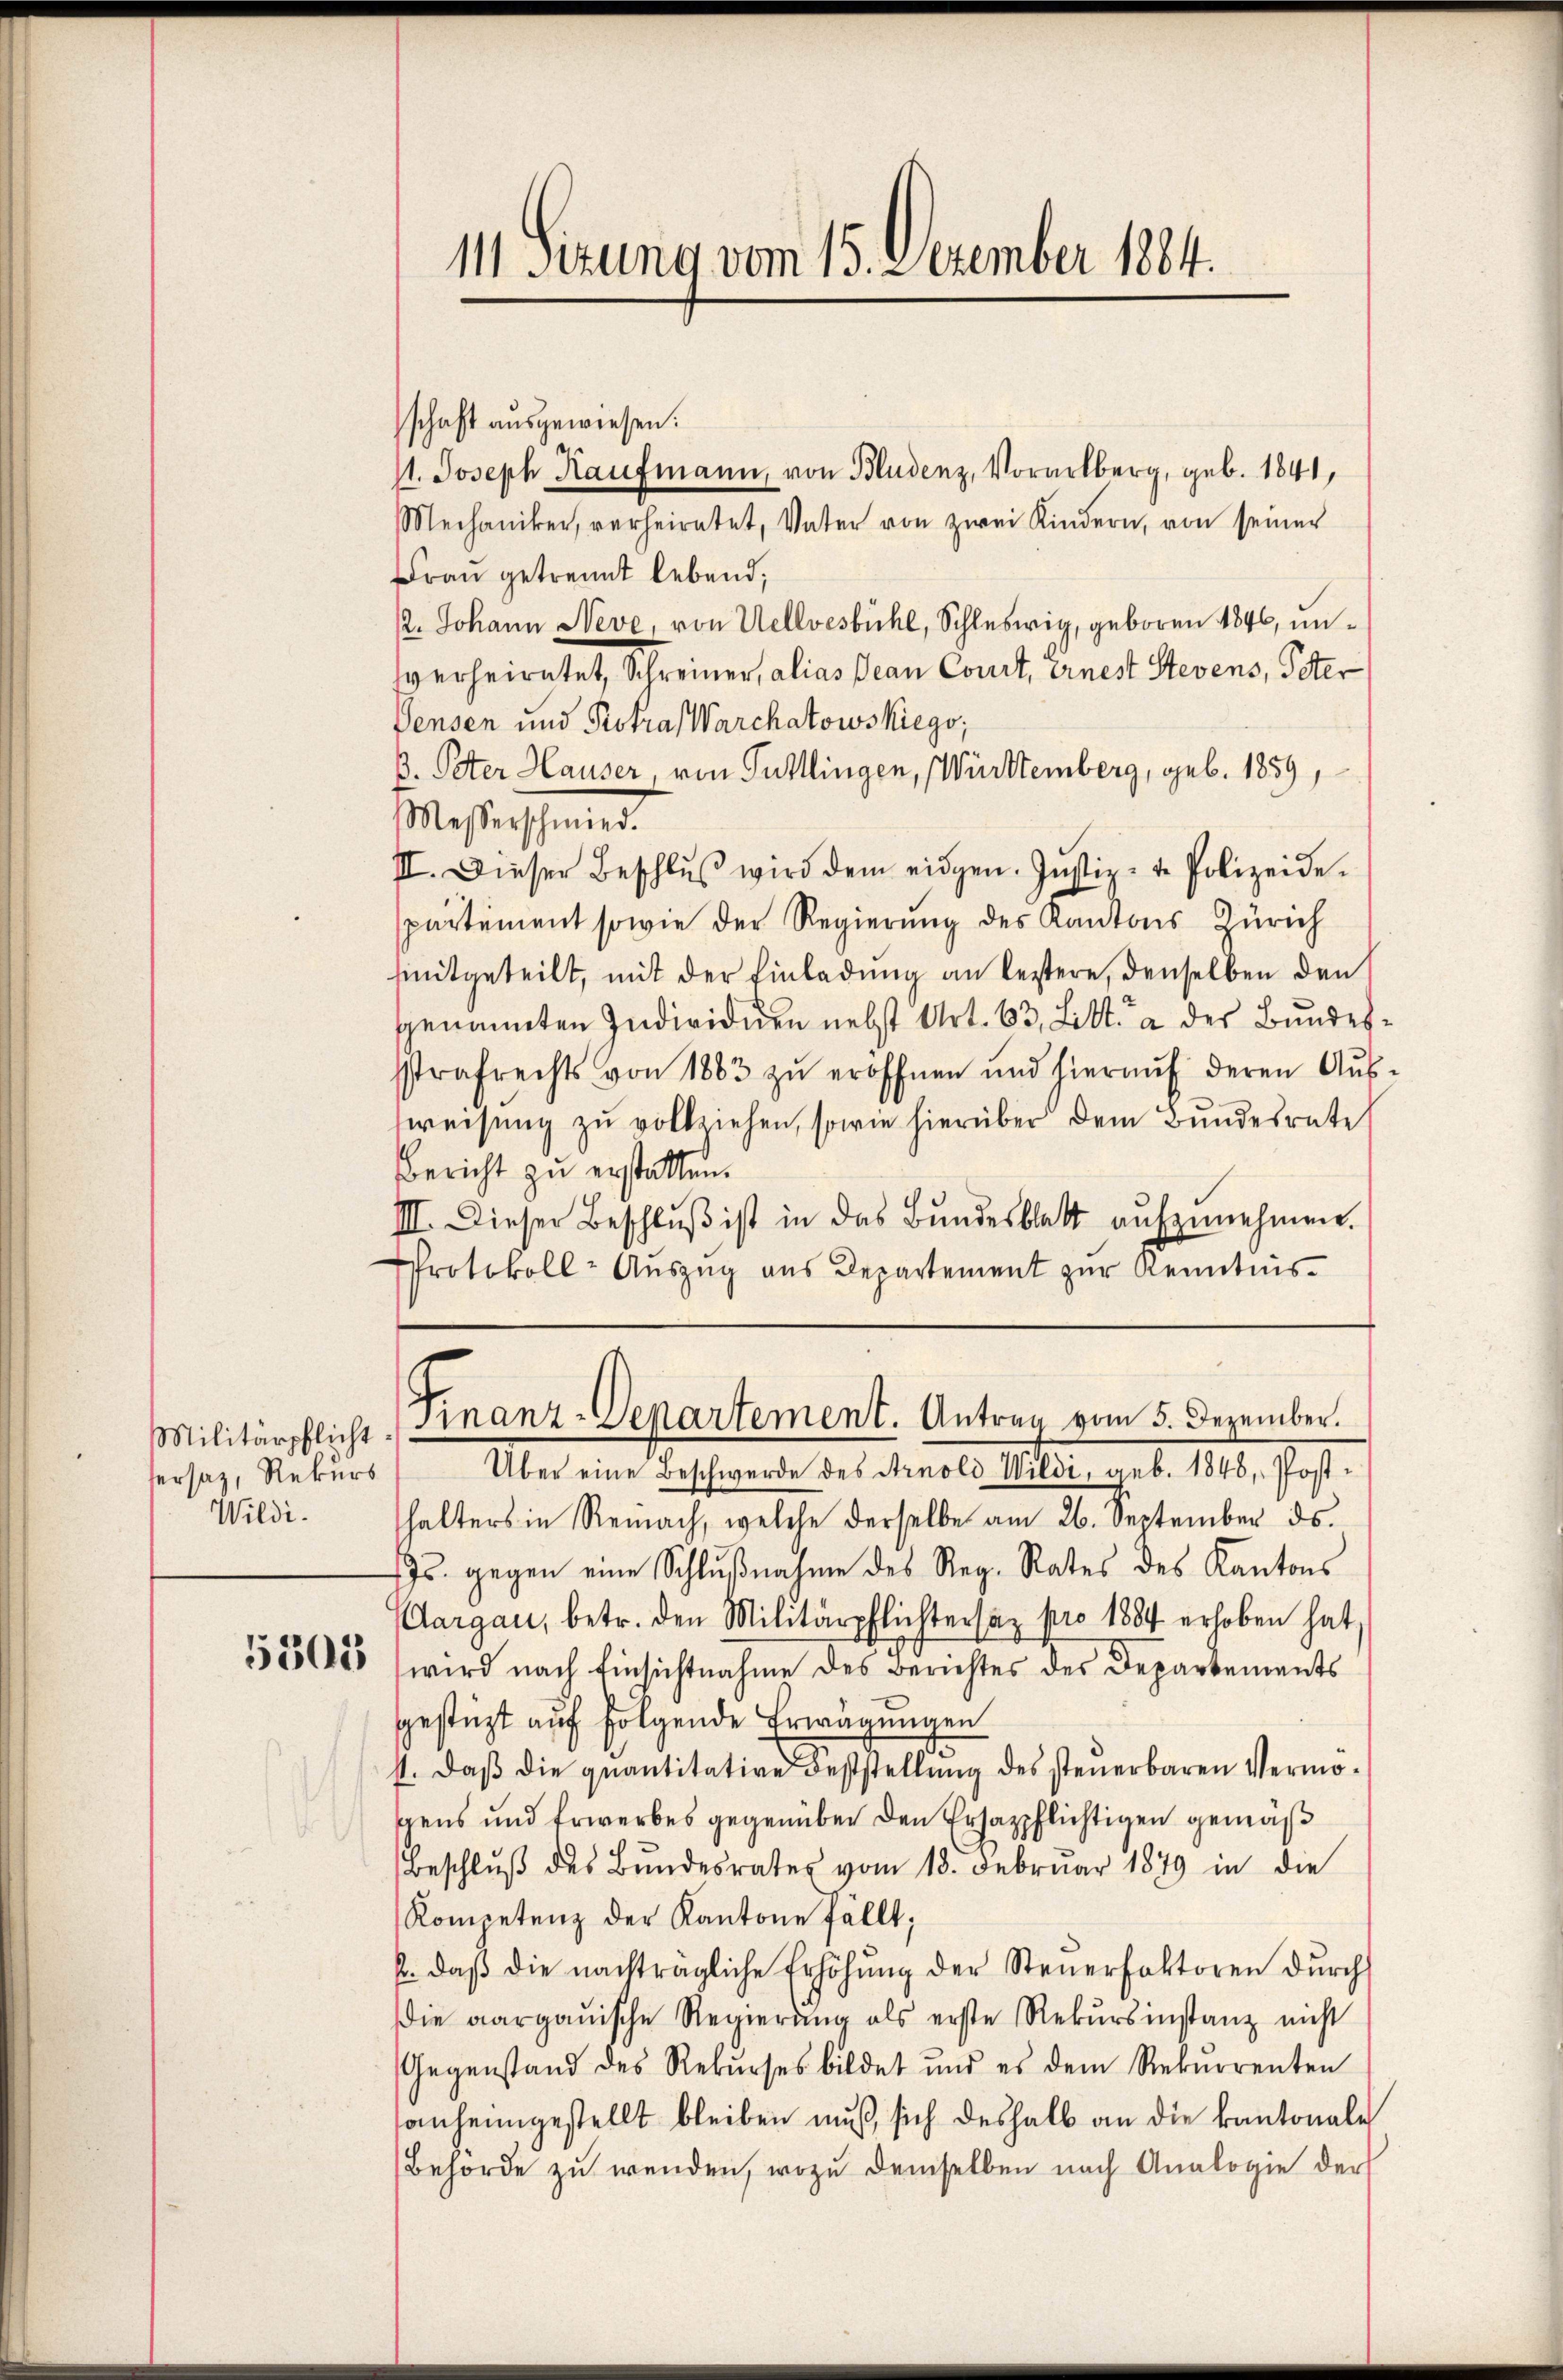
sersatz, Rekurs
Wildi¬

schaft ausgewiesen.
11. Joseph Kaufmann, von Bludenz, Vorarlberg, geb. 1841,
Mechaniker, verheiratet, Vater von zwei Kindern, von seiner
Frau getrennt lebend;
12. Johann Neve, von Vellvesbühl, Schleswig, geboren 1846, unverheiratet, Schreiner, alias Jean Court, einest Stevens, Peter
Densen und Rotra, Warchatowskiego;
B. Peter Hauser, von Tuttlingen, Württemberg, geb. 1859,
Messerschmied.
II. Dieser Beschlŭβ wird dem eidgen. Justiz- u. Polizeide
partement sowie der Regierung des Kantons Zürich
smitgeteilt, mit der Einladung an leitere, denselben den
genannten Individuen nebst Art. 63. Litt. a der Bundessstrafrechts von 1883 zŭ eröffnen und hieraŭf deren Aŭs-
sweisŭng zu vollziehen, sowie hierüber dem Bundesrate
Bericht zu erstatten.
III. Dieser Beschlŭβ ist in das Bŭndesblatt aŭfzŭnehmen.
Protokoll-Aŭszŭg ans Departement zŭr Kenntnis-

11 Sizung vom 15. Dezember 1884.

Militärpflicht. Finanz-Departement. Antrag vom 5. Dezember.

Über eine Beschwerde des Arnold Wildi, geb. 1848, Posthalters in Reinach, welche derselbe am 26. September ds.
s. gegen eine Schlußnahme des Reg. Rates des Kantons
Aargau, betr. den Militärpflichtersaz pro 1884 erhoben hat,
5536085 (wird nach Einsichtnahme des Berichtes des Departements
gestüzt auf folgende Erwägungen
st. Daβ die quantitative Feststellŭng des steuerbaren Vermöspens und Erwerbes gegenüber den Ersazpflichtigen gemäß
Beschlŭβ des Bŭndesrates vom 18. Febrŭar 1879 in die
Kompetenz der Kantone fällt;
2. daβ die nachträgliche Erhöhŭng der Steŭerfaktoren dŭrch
die aargauische Regierŭng als erste Rekŭrsinstanz nicht
Gegenstand des Rekurses bildet und es dem Rekurrenten
anheimgestellt bleiben muß sich deshalb an die kantonale
Behörde zu wenden, wozu demselben nach Analogie der